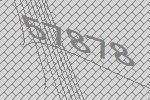
57878